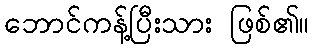
ဘောင်ကန့်ပြီးသား ဖြစ်၏။